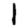
Digit: 1